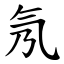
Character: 氖